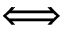
\Longleftrightarrow